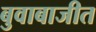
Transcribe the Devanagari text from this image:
बुवाबाजीत